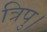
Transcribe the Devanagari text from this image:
त्रिपु।